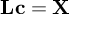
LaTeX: \mathbf { L } \mathbf { c } = \mathbf { X }